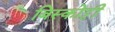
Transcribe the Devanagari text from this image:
बिस्कोट्टी